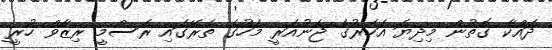
ދައްކާ ގޮތުން މިދިޔަ އަހަރުގެ ޖެނުއަރީ މަހުގެ ތެރޭގައި ރަސްމީ ރިޒާވް ހުރީ